NAE_ERA_R-2632_ENSV_TA_Emakeele_Selts_1945-1955, lk 78
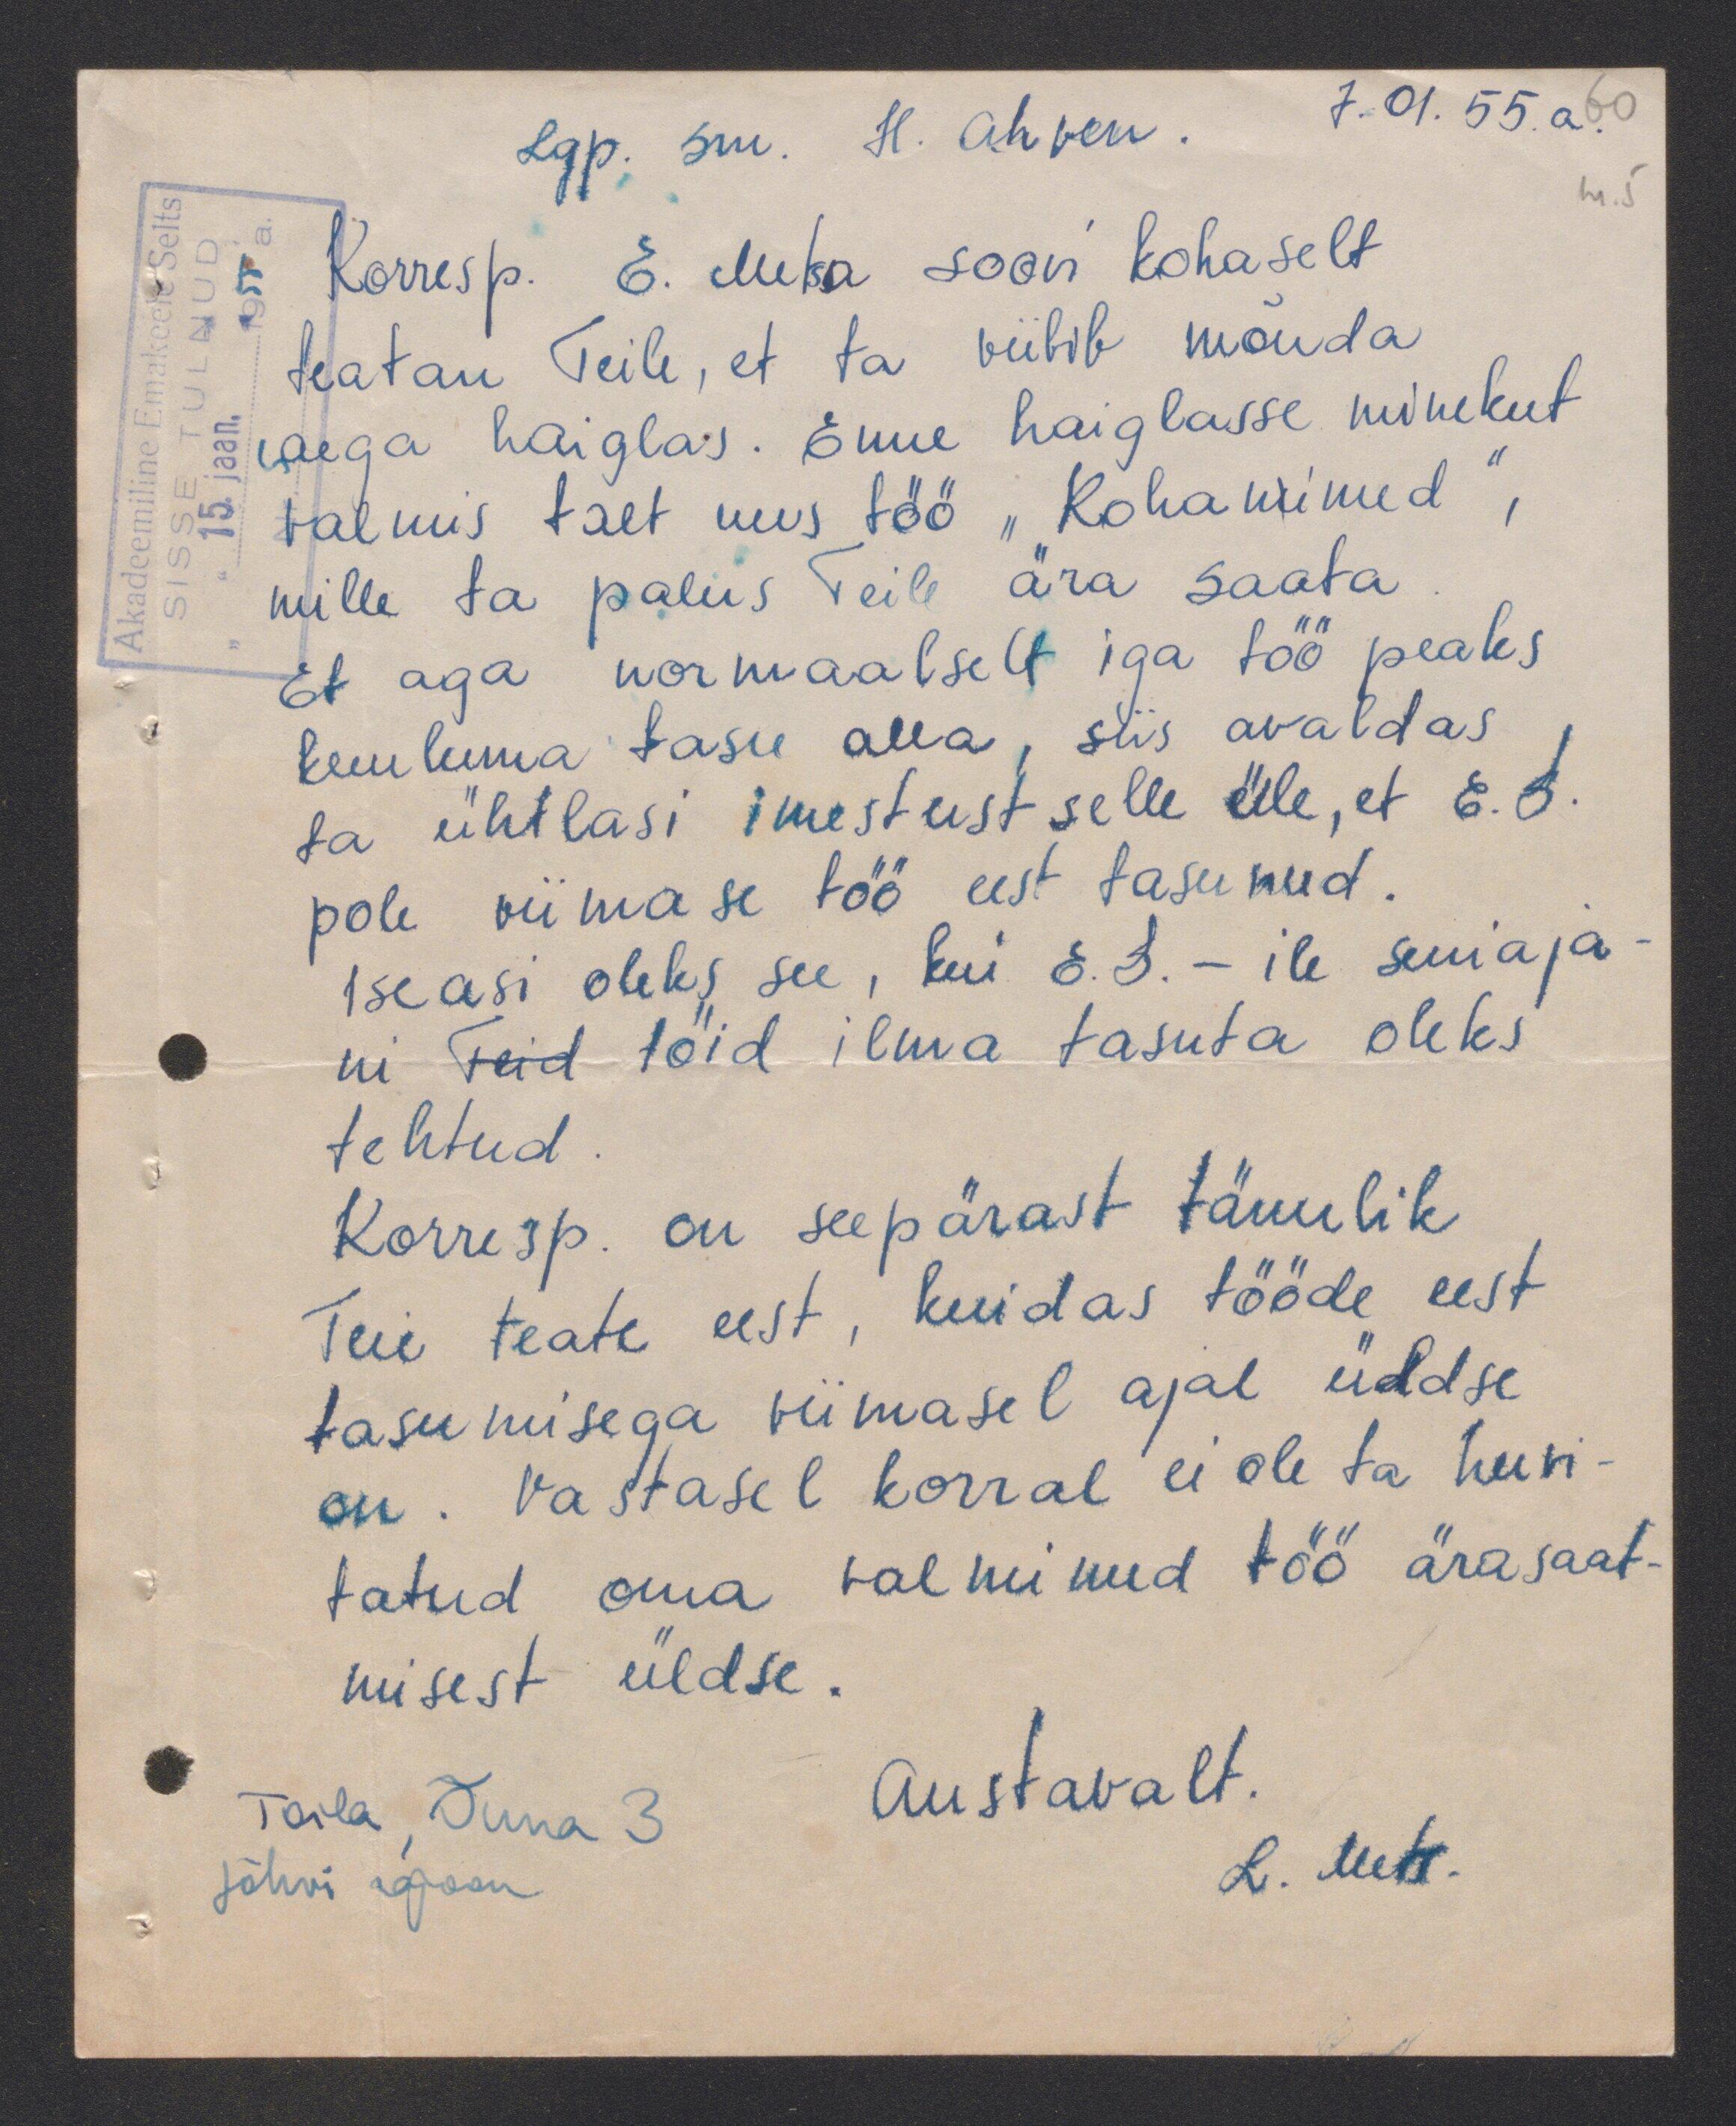
7.01.55 a.
Lgp. sm. H. Ahven.
Korresp. E. Metsa soovi kohaselt
teatan Teile, et ta viibib mõnda
aega haiglas. Enne haiglasse minekut
valmis talt uus töö "Kohanimed
mille ta palus Teile ära saata
Et aga normaalselt iga töö peaks
kuuluma tasu alla, siis avaldas
ta ühtlasi imestust selle üle, et E.S.
pole viimase töö eest tasunud.
Iseasi oleks see, kui E.S.-ile seniaja
ni Teid töid ilma tasuta oleks
tehtud.
Korrisp. on seepärast tänulik
Teie teate eest, kuidas tööde eest
tasumisega viimasel ajal üldse
on. Vastasel korral ei ole ta huvi-
tatud oma valminud töö ärasaat
misest üldse.
Austavalt.
Toila Õuna 3
L. Mets.
Jõhvi rajoon